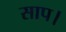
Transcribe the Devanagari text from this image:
साप।